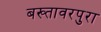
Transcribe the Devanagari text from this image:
बख्तावरपुरा